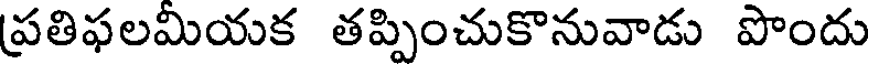
ప్రతిఫలమియక తప్పించుకొనువాడు పొందు